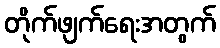
တိုက်ဖျက်ရေးအတွက်